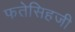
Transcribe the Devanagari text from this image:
फतेसिहजी